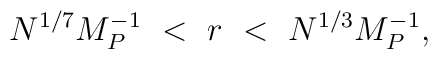
N^{1/7} M_P^{-1} ~<~ r ~<~ N^{1/3} M_P^{-1} ,